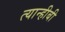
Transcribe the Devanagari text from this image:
त्यान्हीबी